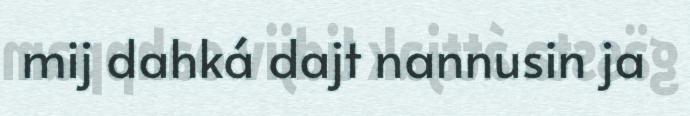
mij dahká dajt nannusin ja